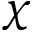
\chi